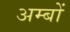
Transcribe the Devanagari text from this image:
अम्बों